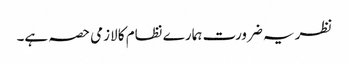
نظریہ ضرورت ہمارے نظام کا لازمی حصہ ہے۔